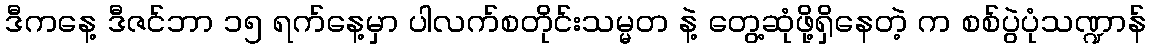
ဒီကနေ့ ဒီဇင်ဘာ ၁၅ ရက်နေ့မှာ ပါလက်စတိုင်းသမ္မတ နဲ့ တွေ့ဆုံဖို့ရှိနေတဲ့ က စစ်ပွဲပုံသဏ္ဍာန်